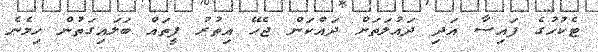
ޓެކުހުގެ ފައިސާ އަދި ދައުލަތަށް ދައްކަން ޖެހޭ އިތުރު ފީތައް ބަލައިގަތުން ހިމެނެ